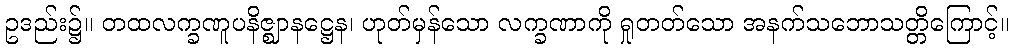
ဥဒည်း၌။ တထလက္ခဏူပနိဇ္ဈာနဋ္ဌေန၊ ဟုတ်မှန်သော လက္ခဏာကို ရှုတတ်သော အနက်သဘောသတ္တိကြောင့်။